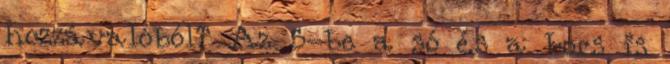
hozzávalóból? Az 5-be a só és a bors is